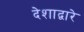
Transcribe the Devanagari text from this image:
देशाद्वारे